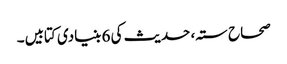
صحاح ستہ، حدیث کی 6 بنیادی کتابیں۔